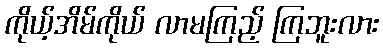
ကိုယ့်အိမ်ကိုယ် လာမကြည့် ကြဘူးလား